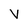
Character: V